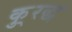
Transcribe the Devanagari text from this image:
कु्रद्ध